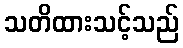
သတိထားသင့်သည်